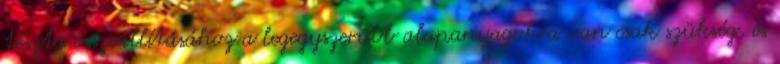
tészta összeállításához a legegyszerűbb alapanyagokra van csak szükség, és